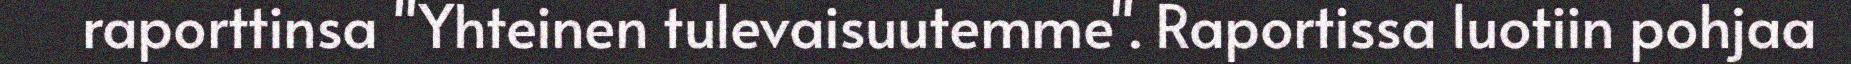
raporttinsa "Yhteinen tulevaisuutemme". Raportissa luotiin pohjaa